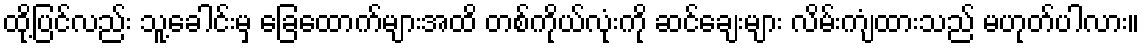
ထို့ပြင်လည်း သူ့ခေါင်းမှ ခြေထောက်များအထိ တစ်ကိုယ်လုံးကို ဆင်ချေးများ လိမ်းကျံထားသည် မဟုတ်ပါလား။